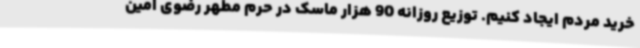
خرید مردم ایجاد کنیم. توزیع روزانه 90 هزار ماسک در حرم مطهر رضوی امین